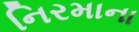
નિરમાના